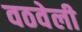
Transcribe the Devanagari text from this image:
वठवेली